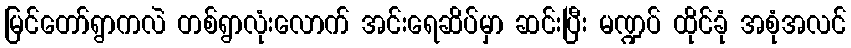
မြင်တော်ရွာကလဲ တစ်ရွာလုံးလောက် အင်းရေဆိပ်မှာ ဆင်းပြီး မဏ္ဍပ် ထိုင်ခုံ အစုံအလင်